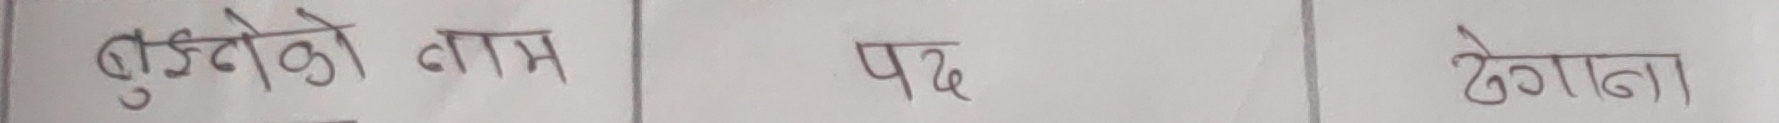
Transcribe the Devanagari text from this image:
बुढ्ढोको नाम  पद     ठेगाना